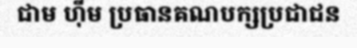
ជាម ហ៊ីម ប្រធានគណបក្សប្រជាជន